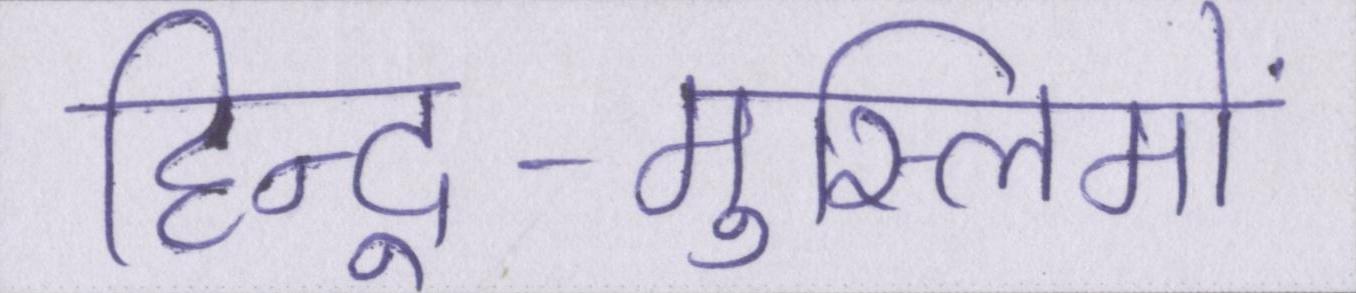
हिन्दू-मुस्लिमों